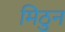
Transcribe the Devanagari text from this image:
मिठुन